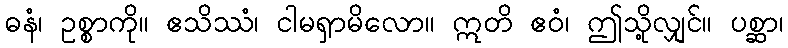
ဓနံ၊ ဥစ္စာကို။ ဧသိဿံ၊ ငါမရှာမိလော။ ဣတိ ဧဝံ၊ ဤသို့လျှင်။ ပစ္ဆာ၊